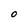
Character: O